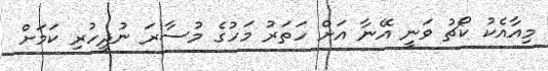
މިއާއެކު ކޯޗު ވަނީ އޭނާ އަށް ހަތަރު މަހުގެ މުސާރަ ނުދީހުރި ކަމަށް